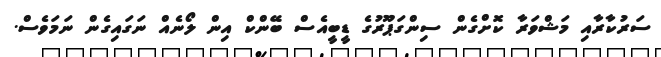
ސަރުކާރާއި މަޝްވަރާ ކޮށްގެން ސިންގަޕޫރުގެ ޑީބީއެސް ބޭންކް އިން ލޯނެއް ނަގައިގެން ނަމަވެސް.